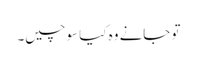
تو جانے وہ کیا سوچیں۔